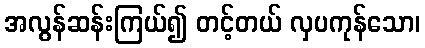
အလွန်ဆန်းကြယ်၍ တင့်တယ် လှပကုန်သော၊